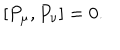
\lbrack P _ { \mu } , P _ { \nu } \rbrack = 0 .